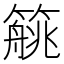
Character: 𱸥